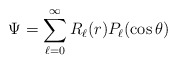
\begin{align*}\Psi = \sum_{\ell =0}^\infty R_\ell (r) P_\ell (\cos\theta)\end{align*}